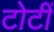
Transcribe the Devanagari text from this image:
टोटीं